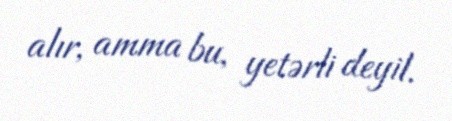
alır, amma bu, yetərli deyil.